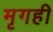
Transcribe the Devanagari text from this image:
मृगही